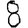
Digit: 8